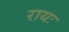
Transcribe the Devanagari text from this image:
रायः